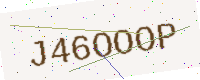
Text: J46OOOP